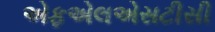
એફએલએસટીસી